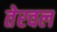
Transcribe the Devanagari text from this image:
तेरवल